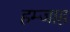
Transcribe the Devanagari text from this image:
हम्जाह